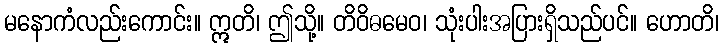
မနောကံလည်းကောင်း။ ဣတိ၊ ဤသို့။ တိဝိဓမေဝ၊ သုံးပါးအပြားရှိသည်ပင်။ ဟောတိ၊